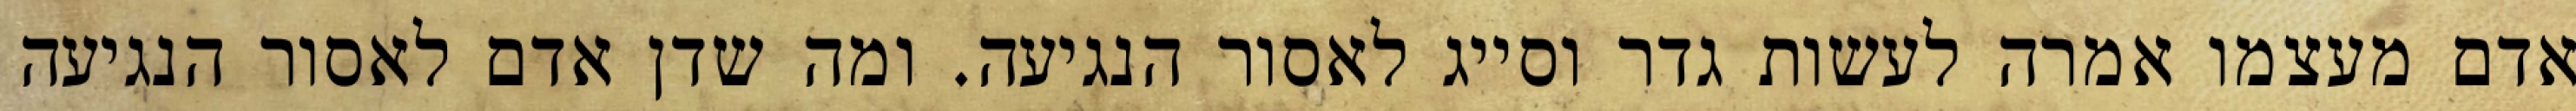
אדם מעצמו אמרה לעשות גדר וסייג לאסור הנגיעה. ומה שדן אדם לאסור הנגיעה